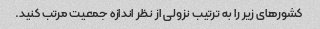
کشورهای زیر را به ترتیب نزولی از نظر اندازه جمعیت مرتب کنید.